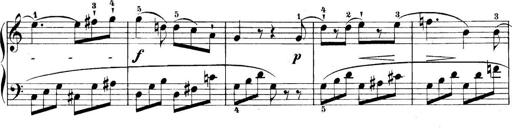
Title: 11 Sonatinas
Composer: Anton Diabelli